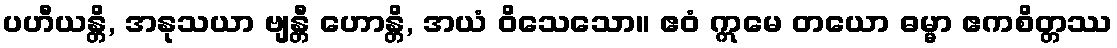
ပဟီယန္တိ, အနုသယာ ဗျန္တီ ဟောန္တိ, အယံ ဝိသေသော။ ဧဝံ ဣမေ တယော ဓမ္မာ ဧကစိတ္တဿ